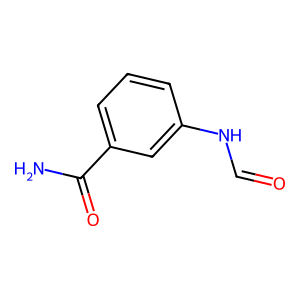
SMILES: NC(=O)c1cccc(NC=O)c1
Inhibits HIV replication: No